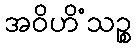
အဝိဟိံသဉ္စ